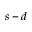
s - d